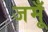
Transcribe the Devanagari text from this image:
जमूँ